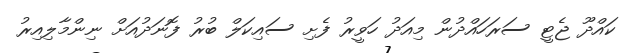
ކައްދޫ ޖެޓީ ސަރަހައްދުން މިއަދު ހަވީރު ފެށި ސައިކަލް ބުރު ފޮނަދުއަށް ނިންމާލިއިރު